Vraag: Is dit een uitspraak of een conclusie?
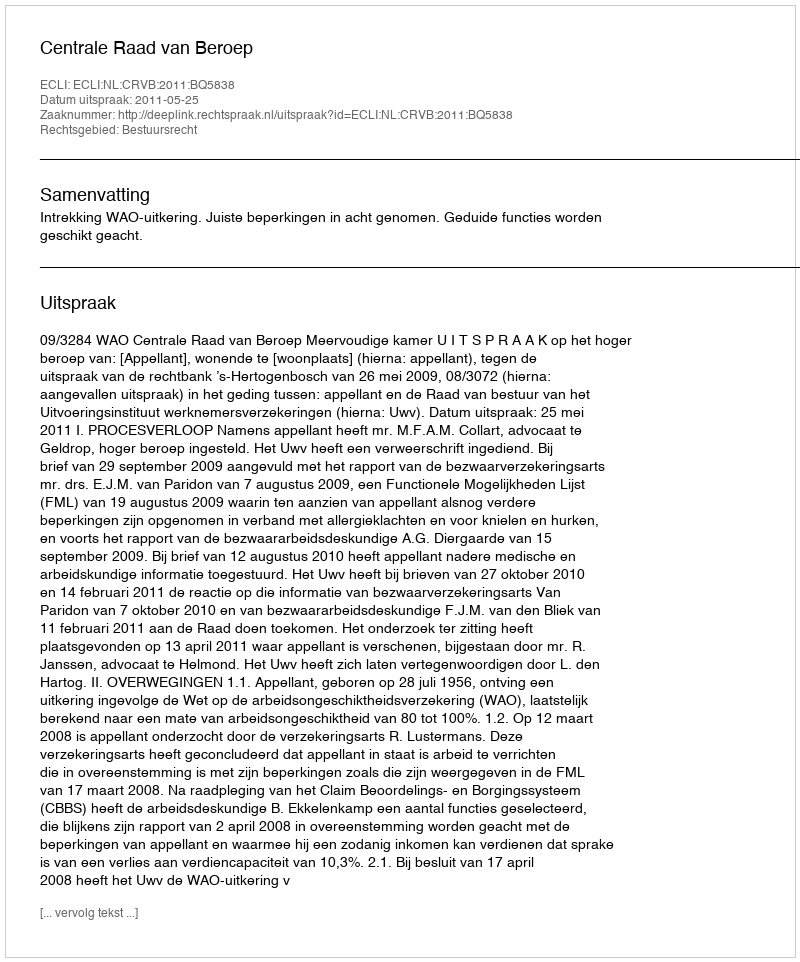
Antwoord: Uitspraak